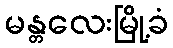
မန္တလေးမြို့ခံ